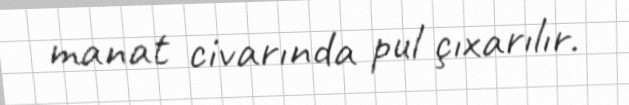
manat civarında pul çıxarılır.